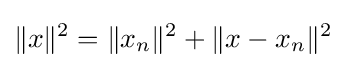
\|x\|^{2}=\|x_{n}\|^{2}+\|x-x_{n}\|^{2}